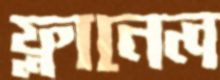
ফ্লানেল